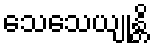
သေသေယျုန္တိ